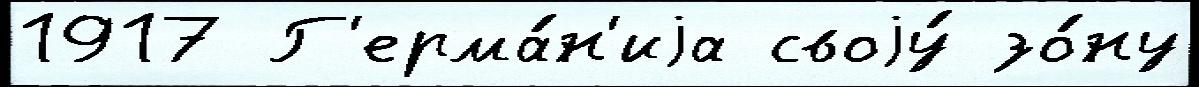
1917 Г'ерма́н'иjа своjу́ зо́ну